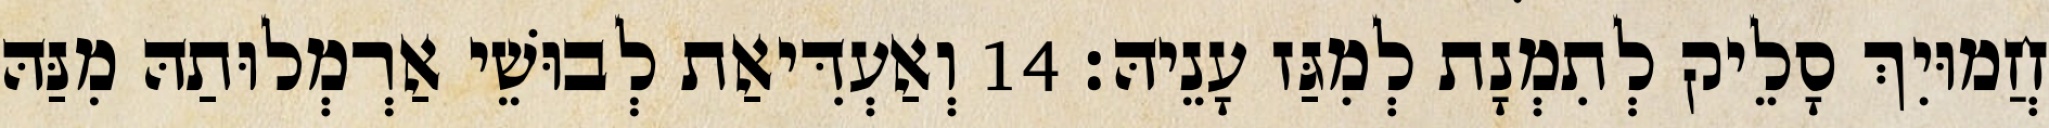
חֲמוּיִךְ סָלֵיק לְתִמְנָת לְמִגַּז עָנֵיהּ׃ 14 וְאַעְדִּיאַת לְבוּשֵׁי אַרְמְלוּתַהּ מִנַּהּ